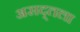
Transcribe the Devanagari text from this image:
असद्तला